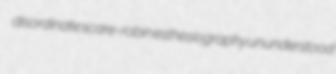
disordinate scare-robin esthesiography ununderstood